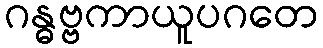
ဂန္ဓဗ္ဗကာယူပဂတေ